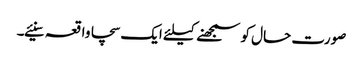
صورت حال کو سمجھنے کیلئے ایک سچا واقعہ سنیئے۔